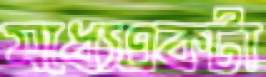
মধ্যেএকটা